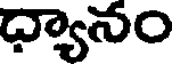
ధ్యానం